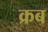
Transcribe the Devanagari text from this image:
क्रब